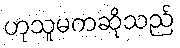
ဟုသူမကဆိုသည်